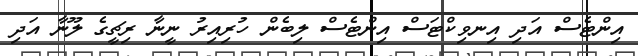
އިންޓެސް އަދި އިނވިކްޓަސް އިންޓެސް ލިބެން ހުރިއިރު ނީނާ ރިޗީގެ ލޫނާ އަދި